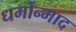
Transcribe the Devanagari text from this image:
धर्मोन्माद